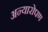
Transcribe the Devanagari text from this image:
अन्यारोपण